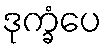
ဒုက္ခံပေ